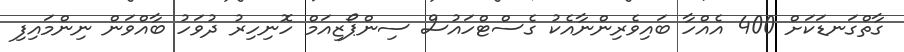
ގާތްގަނޑަކަށް 400 އެއްހާ ބައިވެރިންނާއެކު ގެސްޓްހައުސް ސިންޕޯޒިއަމް ހޮނިހިރު ދުވަހު ބާއްވަން ނިންމައިފި